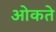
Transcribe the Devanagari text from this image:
ओकते